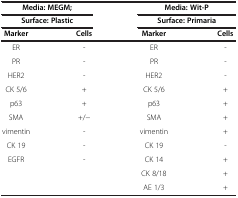
<table><thead><tr><td colspan="2"><b>Media: MEGM;</b></td><td colspan="2"><b>Media: Wit-P</b></td></tr><tr><td colspan="2"><b>Surface: Plastic</b></td><td colspan="2"><b>Surface: Primaria</b></td></tr><tr><td><b>Marker</b></td><td><b>Cells</b></td><td><b>Marker</b></td><td><b>Cells</b></td></tr></thead><tbody><tr><td>ER</td><td>-</td><td>ER</td><td>-</td></tr><tr><td>PR</td><td>-</td><td>PR</td><td>-</td></tr><tr><td>HER2</td><td>-</td><td>HER2</td><td>-</td></tr><tr><td>CK 5/6</td><td>+</td><td>CK 5/6</td><td>+</td></tr><tr><td>p63</td><td>+</td><td>p63</td><td>+</td></tr><tr><td>SMA</td><td>+/−</td><td>SMA</td><td>+</td></tr><tr><td>vimentin</td><td>-</td><td>vimentin</td><td>+</td></tr><tr><td>CK 19</td><td>-</td><td>CK 19</td><td>-</td></tr><tr><td>EGFR</td><td>-</td><td>CK 14</td><td>+</td></tr><tr><td>[EMPTY_CELL]</td><td>[EMPTY_CELL]</td><td>CK 8/18</td><td>+</td></tr><tr><td>[EMPTY_CELL]</td><td>[EMPTY_CELL]</td><td>AE 1/3</td><td>+</td></tr></tbody></table>